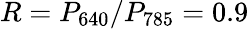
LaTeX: R=P_{640}/P_{785}=0.9